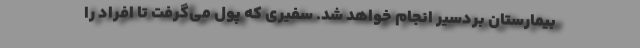
بیمارستان بردسیر انجام خواهد شد. سفیری که پول می‌گرفت تا افراد را